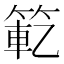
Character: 𫂄